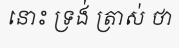
នោះ ទ្រង់ ត្រាស់ ថា